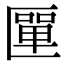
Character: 匰